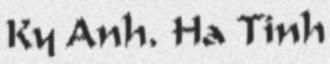
Ky Anh, Ha Tinh